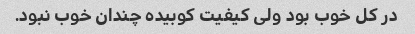
در کل خوب بود ولی کیفیت کوبیده چندان خوب نبود.